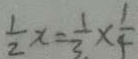
\frac { 1 } { 2 } x = \frac { 1 } { 3 } \times \frac { 1 } { 4 }